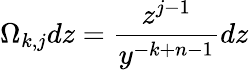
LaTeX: \Omega_{k,j}dz={\frac{z^{j-1}}{y^{-k+n-1}}}dz